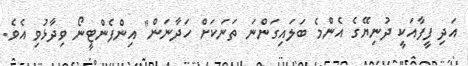
އަދި ފީފާއަކީ ދުނިޔޭގެ އެންމެ ބަލައިގަންނަ ތަނަކަށް ހަދާނަން" އިންފެންޓީނޯ ވިދާޅުވި އެވެ.